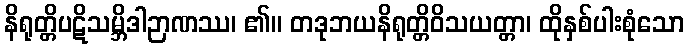
နိရုတ္တိပဋိသမ္ဘိဒါဉာဏဿ၊ ၏။ တဒုဘယနိရုတ္တိဝိသယတ္တာ၊ ထိုနှစ်ပါးစုံသော